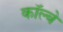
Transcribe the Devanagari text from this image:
कॉल्बे